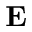
\mathbf { E }